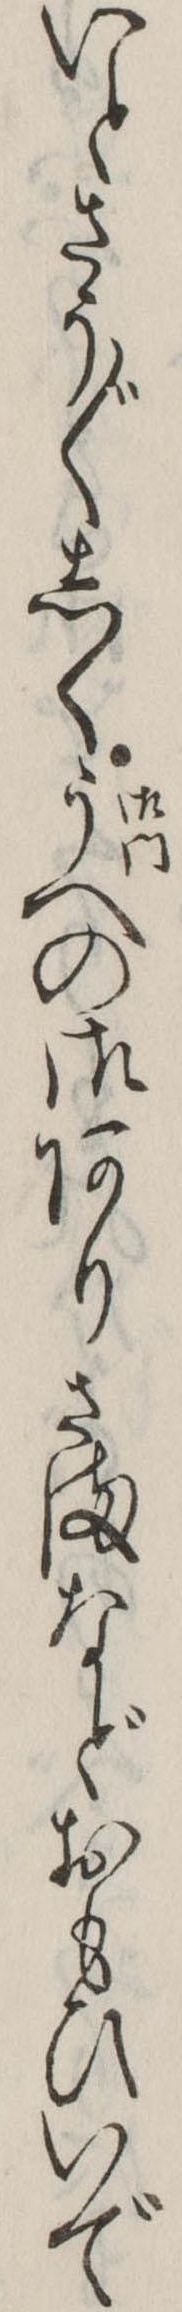
いとさう〲しくうへの御ありさまなどおもひいで